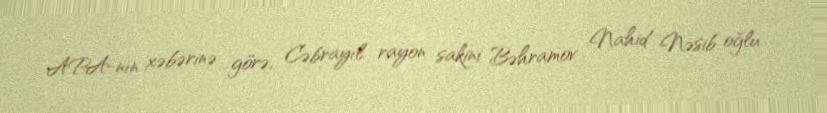
APA-nın xəbərinə görə, Cəbrayıl rayon sakini Bəhramov Nahid Nəsib oğlu